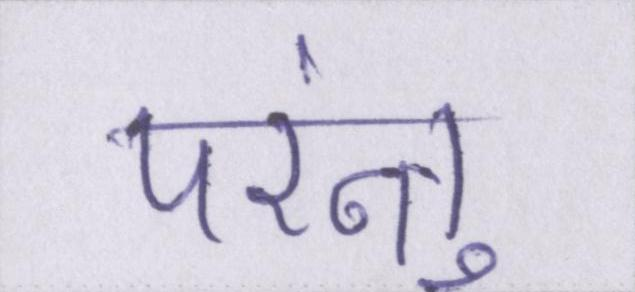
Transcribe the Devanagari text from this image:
परंन्तु